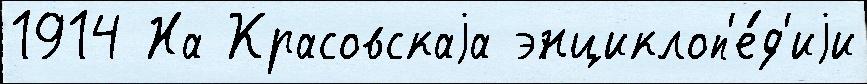
1914 На Красовскаjа энциклоп'е́д'иjи